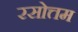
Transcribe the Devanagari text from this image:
रसोत्तम